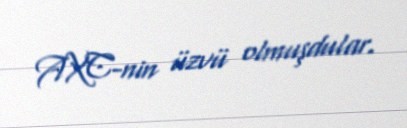
AXC-nin üzvü olmuşdular.